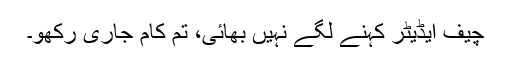
چیف ایڈیٹر کہنے لگے نہیں بھائی، تم کام جاری رکھو۔